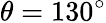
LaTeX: \theta=130^{\circ}